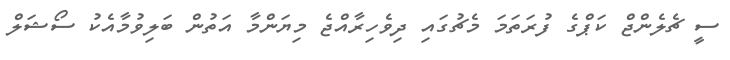
ސީ ޗެލެންޖް ކަޕްގެ ފުރަތަމަ މެޗުގައި ދިވެހިރާއްޖެ މިޔަންމާ އަތުން ބަލިވުމާއެކު ސޯޝަލް